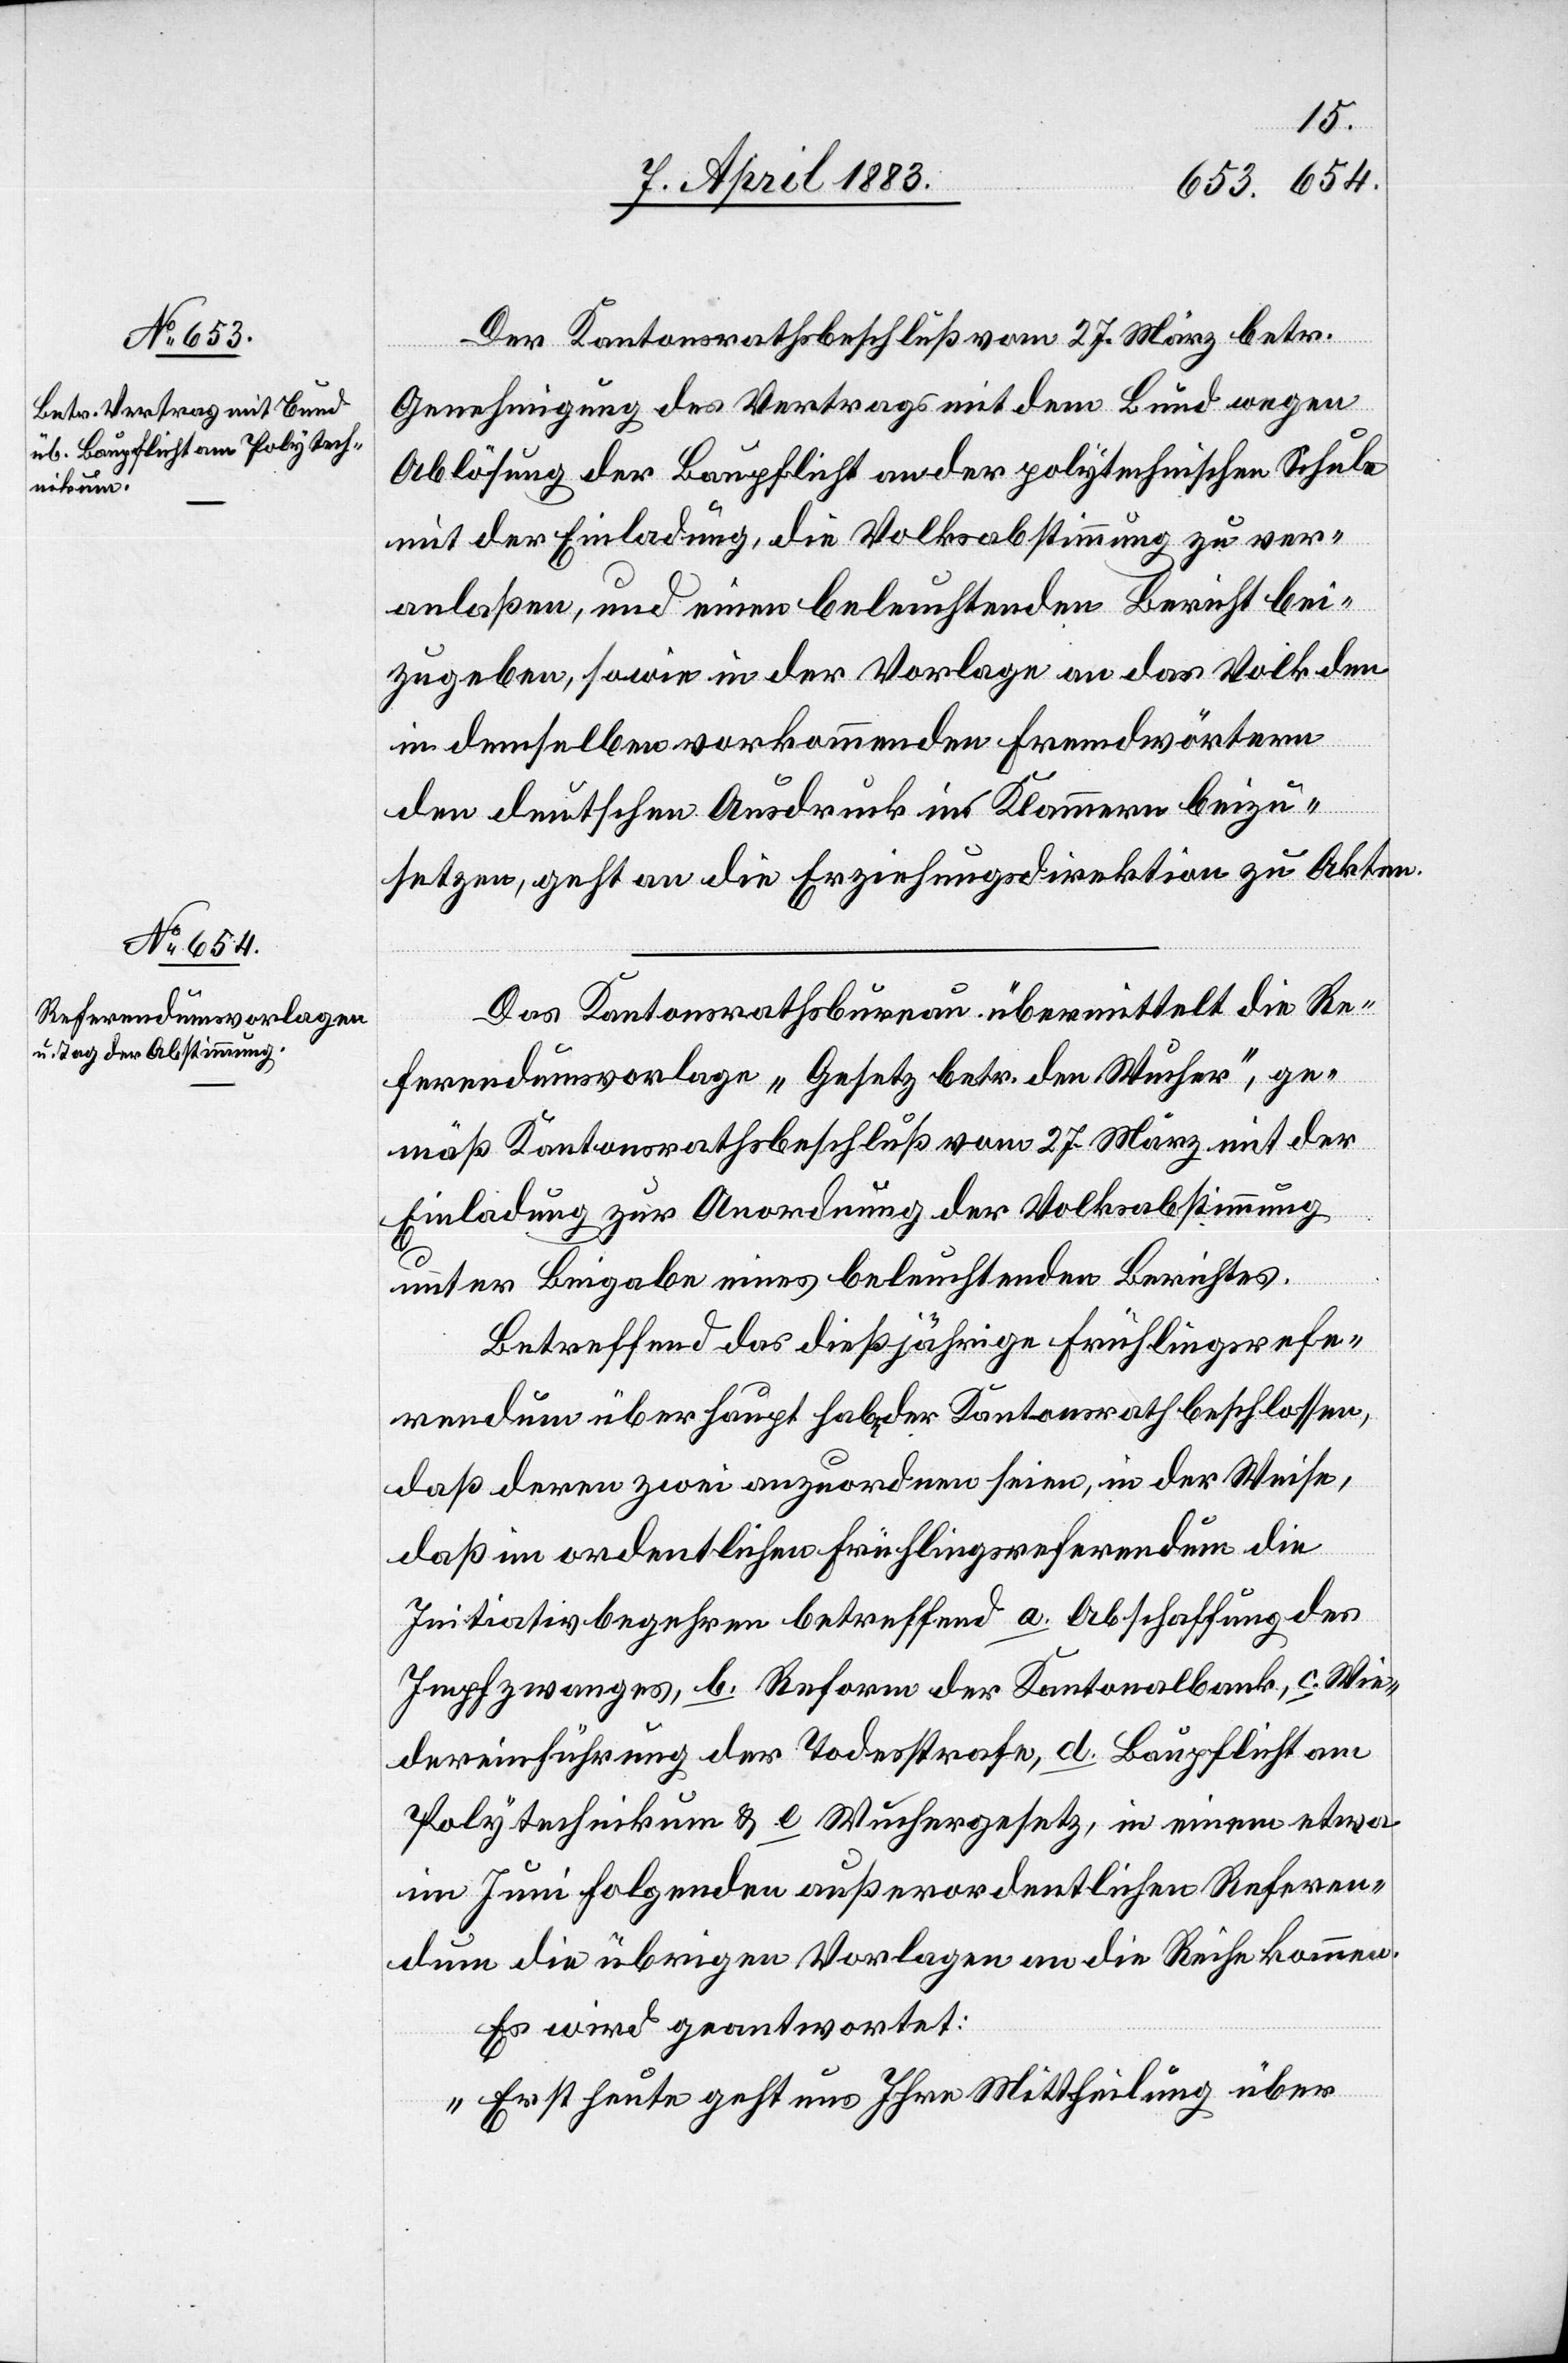
Der Kantonsrathsbeschluß vom 27. März betr.
Genehmigung des Vertrags mit dem Bund wegen
Ablösung der Baupflicht an der polytechnischen Schule
mit der Einladung, die Volksabstimmung zu ver¬
anlaßen, und einen beleuchtenden Bericht bei¬
zugeben, sowie in der Vorlage an das Volk den
in derselben vorkommenden Fremdwörtern
den deutschen Ausdruck in Klammern beizu¬
setzen, geht an die Erziehungsdirektion zu Akten.
Das Kantonsrathsbureau übermittelt die Re¬
ferendumsvorlage „Gesetz betr. den Wucher“, ge¬
mäß Kantonsrathsbeschluß vom 27. März mit der
Einladung zur Anordnung der Volksabstimmung
unter Beigabe eines beleuchtenden Berichtes.
Betreffend das dießjährige Frühlingsrefe¬
rendum überhaupt habe der Kantonsrath beschlossen,
daß deren zwei anzuordnen seien, in der Weise,
daß im ordentlichen Frühlingsreferendum die
Initiativbegehren betreffend a. Abschaffung des
Impfzwanges, b. Reform der Kantonalbank, c. Wie¬
dereinführung der Todesstrafe, d. Baupflicht am
Polytechnikum & e. Wuhrgesetz, in einem etwa
im Juni folgenden außerordentlichen Referen¬
dum die übrigen Vorlagen an die Reihe kommen.
Es wird geantwortet:
„Erst heute geht uns Ihre Mittheilung über